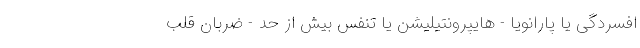
افسردگی یا پارانویا - هایپرونتیلیشن یا تنفس بیش از حد - ضربان قلب